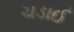
ચડાઈ